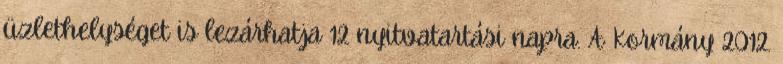
üzlethelységet is lezárhatja 12 nyitvatartási napra. A Kormány 2012.